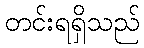
တင်းရရှိသည်